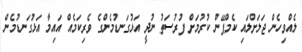
ލެއްވިހެން ޖަލަށްލައި ކެމްޕޭން ކުރުމަށް ފުރުސަތު ނުދީ އަޅުގަނޑުމެންގެ ވެރިކަމެއް އައިމާ އަޅުގަނޑުމެން